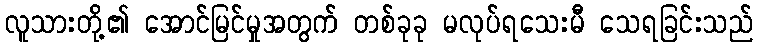
လူသားတို့၏ အောင်မြင်မှုအတွက် တစ်ခုခု မလုပ်ရသေးမီ သေရခြင်းသည်